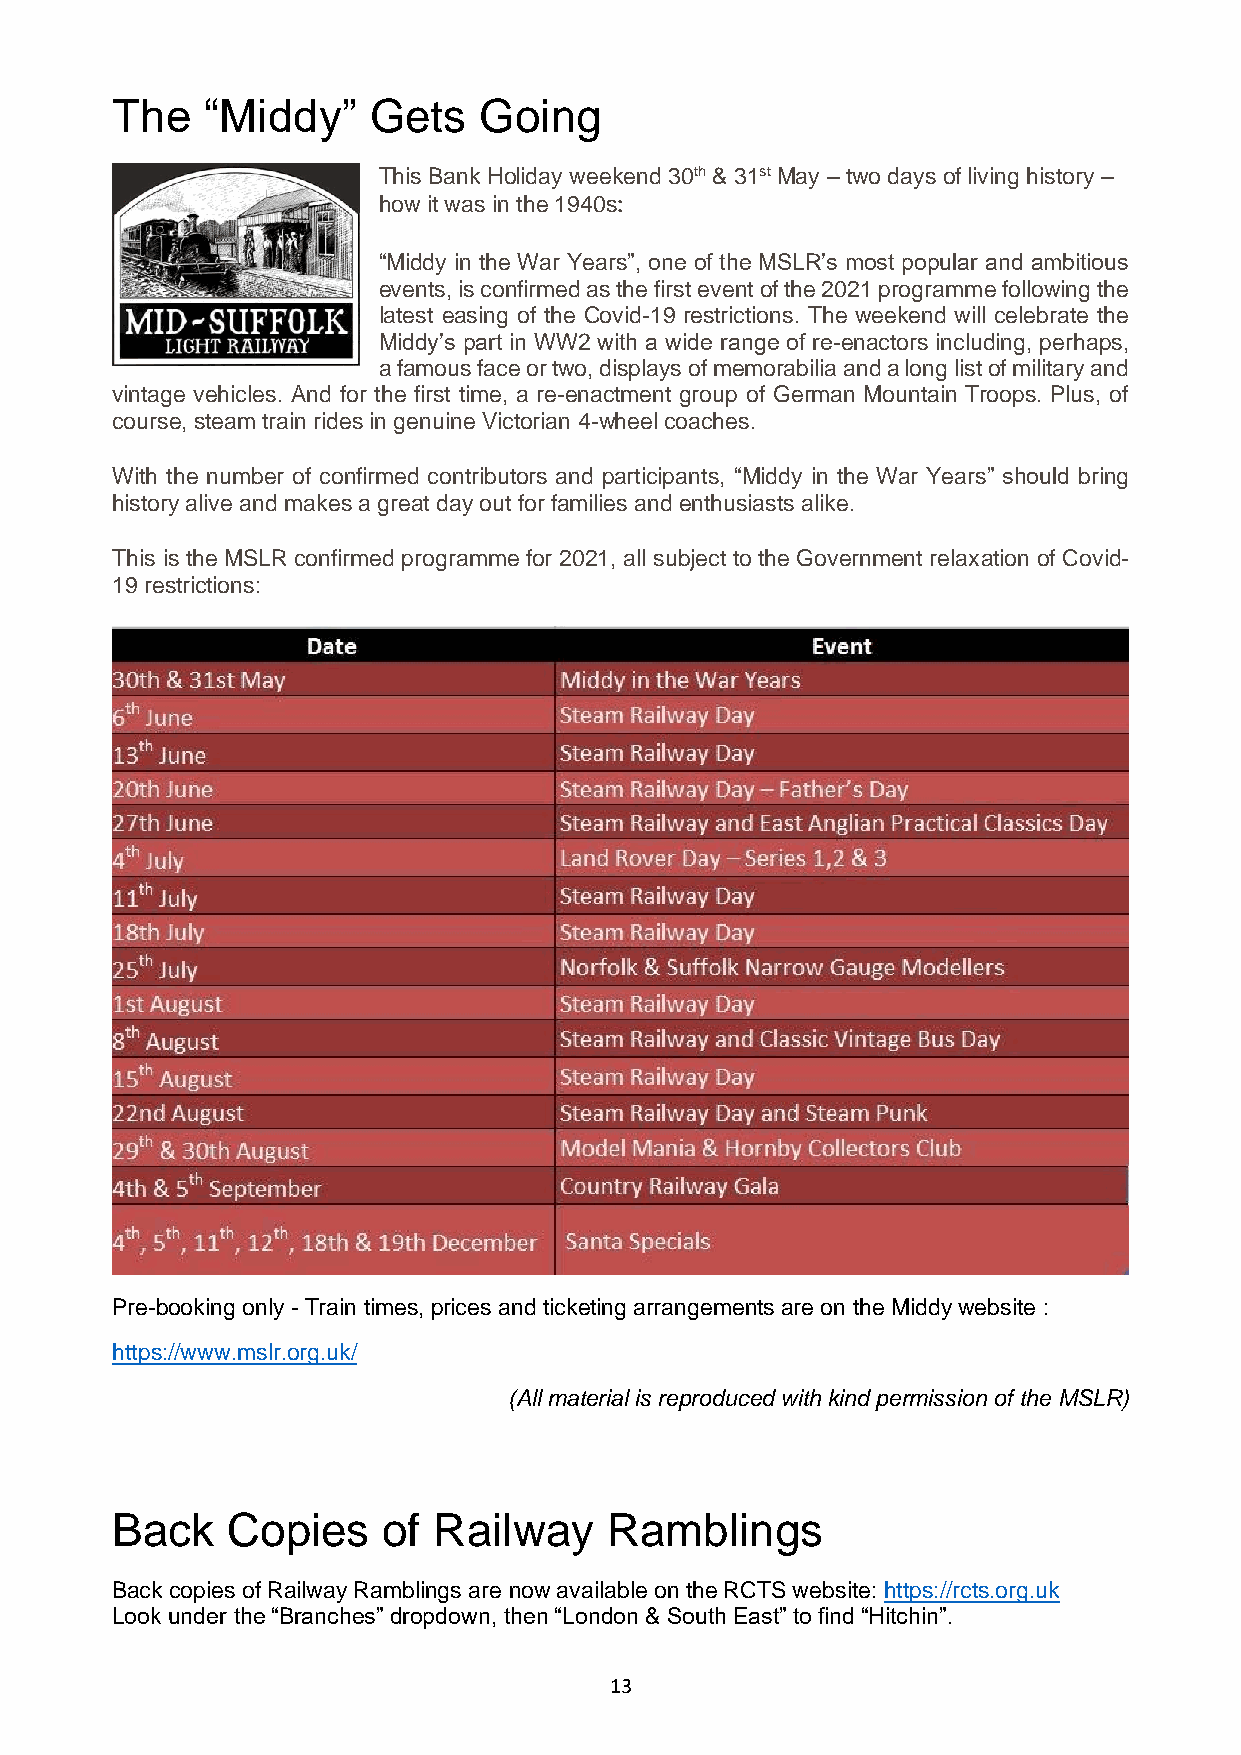
The    “Middy”   Gets    Going
 This Bank Holiday weekend 30th & 31st May – two days of living history –
 how it was in the 1940s:
 “Middy in the War Years”, one of the MSLR’s most popular and ambitious
 events, is confirmed as the first event of the 2021 programme following the
 latest easing of the Covid-19 restrictions. The weekend will celebrate the
 Middy’s part in WW2 with a wide range of re-enactors including, perhaps,
 a famous face or two, displays of memorabilia and a long list of military and
 vintage vehicles. And for the first time, a re-enactment group of German Mountain Troops. Plus, of
 course, steam train rides in genuine Victorian 4-wheel coaches.
 With the number of confirmed contributors and participants, “Middy in the War Years” should bring
 history alive and makes a great day out for families and enthusiasts alike.
 This is the MSLR confirmed programme for 2021, all subject to the Government relaxation of Covid-
 19 restrictions:
 Pre-booking only - Train times, prices and ticketing arrangements are on the Middy website :
 https://www.mslr.org.uk/
 (All material is reproduced with kind permission of the MSLR)
 Back    Copies    of  Railway    Ramblings
 Back copies of Railway Ramblings are now available on the RCTS website: https://rcts.org.uk
 Look under the “Branches” dropdown, then “London & South East” to find “Hitchin”.
 13